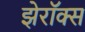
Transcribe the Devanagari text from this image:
झेरॉक्‍स